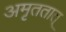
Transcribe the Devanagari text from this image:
अमृततात्